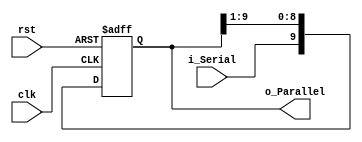
module Serial_to_Parallel (
		clk,
		rst, 
		
		i_Serial,
		o_Parallel
	);
// =================================================================
// == Parameters
// =================================================================
	parameter N = 10;
	
// =================================================================
// == Port Declarations
// ================================================================= 
	input clk;
	input rst; 
	
	// inputs 
	input 			i_Serial;
	
	// outputs
	output 	[N-1:0] o_Parallel;
	
// =================================================================
// == Signal Declarations
// =================================================================
	reg [N-1:0] Data_Out;
	
// =================================================================
// == Architecture
// ================================================================= 	
	always @(posedge clk or posedge rst)	// -- Async Reset
	begin
		if 	  (rst == 1)  	Data_Out <= 0;
		else 				Data_Out <= {i_Serial, Data_Out[N-1:1]};
	end 
	
	// Assignments
	assign o_Parallel = Data_Out;
	
endmodule